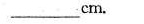
___cm.